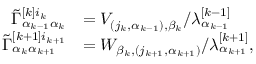
\begin{array} { r l } { \Tilde { \Gamma } _ { \alpha _ { k - 1 } \alpha _ { k } } ^ { [ k ] i _ { k } } } & { = V _ { ( j _ { k } , \alpha _ { k - 1 } ) , \beta _ { k } } / \lambda _ { \alpha _ { k - 1 } } ^ { [ k - 1 ] } } \\ { \Tilde { \Gamma } _ { \alpha _ { k } \alpha _ { k + 1 } } ^ { [ k + 1 ] i _ { k + 1 } } } & { = W _ { \beta _ { k } , ( j _ { k + 1 } , \alpha _ { k + 1 } ) } / \lambda _ { \alpha _ { k + 1 } } ^ { [ k + 1 ] } , } \end{array}